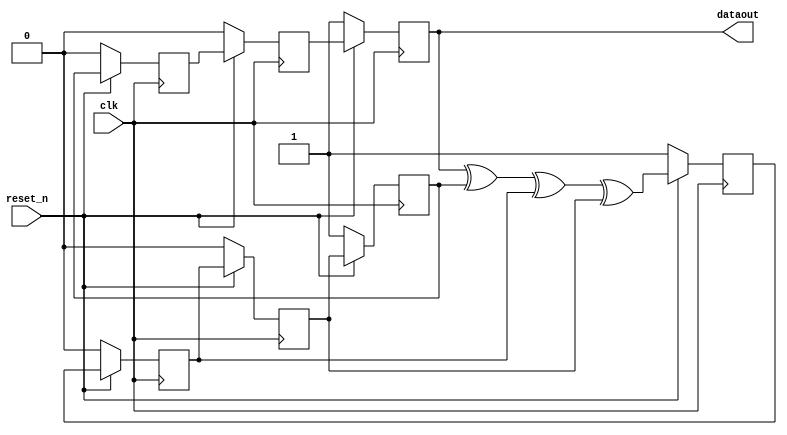
module PN_Seq(
		clk,
		reset_n,	
		dataout,
);

	input clk;
	input reset_n;
	output dataout;
	reg    c[7:1] ; 
	
	always @(posedge clk) 
	begin
		if(!reset_n)
			begin
			c[1] <= 7'd1;
			c[2] <= 7'd0;
			c[3] <= 7'd0;
			c[4] <= 7'd1;
			c[5] <= 7'd0;
			c[6] <= 7'd0;
			c[7] <= 7'd1;
			end
		else
			begin
				c[1] <= c[7]^c[4]^c[2]^c[3];
				c[2] <= c[1];
				c[3] <= c[2];
				c[4] <= c[3];
				c[5] <= c[4];
				c[6] <= c[5];
				c[7] <= c[6];
			end	
			
	end
	assign dataout = c[7];
	endmodule